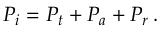
P _ { i } = P _ { t } + P _ { a } + P _ { r } \, .